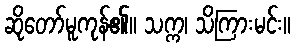
ဆိုတော်မူကုန်၏။ သက္က၊ သိကြားမင်း။